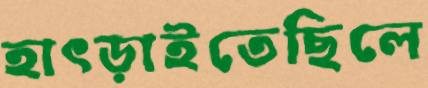
হাৎড়াইতেছিলে